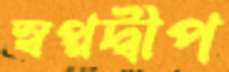
স্বপ্নদ্বীপ